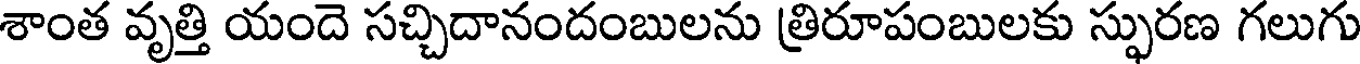
శాంత వృత్తి యందె సచ్చిదానందంబులను త్రిరూపంబులకు స్ఫురణ గలుగు